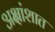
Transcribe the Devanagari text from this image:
अक्षांशात